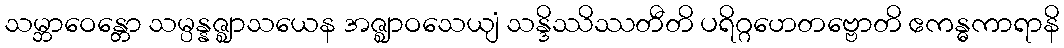
သမ္ဘာဝေန္တော သမ္ပန္နဇ္ဈာသယေန အဇ္ဈာဝသေယျံ သန္ဒိဿိဿတီတိ ပရိဂ္ဂဟေတဗ္ဗောတိ ဧကန္ဓကာရာနိ